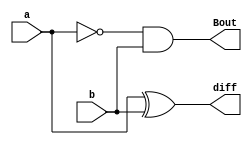
module HalfSubtractor_structural(diff, Bout, a, b);
  output diff,Bout;
  input a, b;
  wire a_bar;
  xor g1(diff,a,b);
  not g2(a_bar,a);
  and g3(Bout,a_bar,b);
endmodule